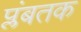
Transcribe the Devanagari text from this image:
प्लंबतक